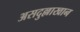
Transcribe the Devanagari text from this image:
असदुल्लाखान